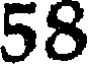
58